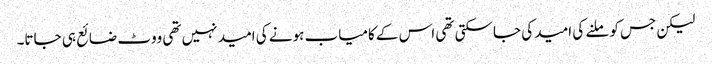
لیکن جس کو ملنے کی امید کی جاسکتی تھی اس کے کامیاب ہونے کی امید نہیں تھی ووٹ ضائع ہی جاتا۔